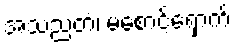
အသညတံ၊ မစောင့်ရှောက်